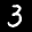
Label: 3